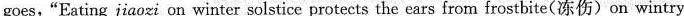
goes,"Eating jiaozi on winter solstice protects the ears from frostbite(冻伤)on wintry